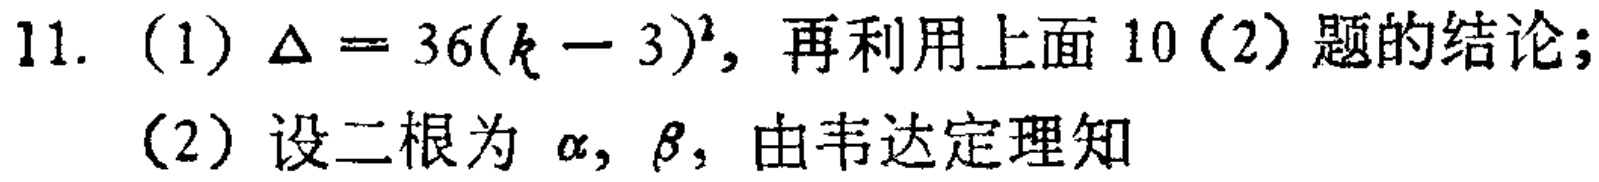
11. (1) $\Delta = 36(k - 3)^2$, 再利用上面10(2)题的结论;
(2) 设二根为 $\alpha,\beta$, 由韦达定理知